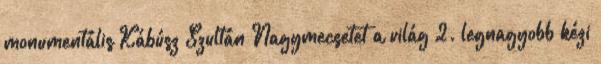
monumentális Kábúsz Szultán Nagymecsetet a világ 2. legnagyobb kézi